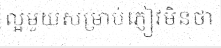
ល្អមួយសម្រាប់ភ្ញៀវមិនថា